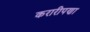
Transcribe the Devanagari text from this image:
करारीपणा